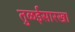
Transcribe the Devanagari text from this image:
तुळईसारखा